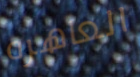
العاهره